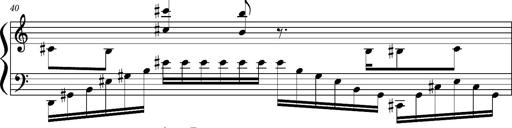
Title: Concerto sans orchestre, S.524a
Composer: Franz Liszt
Key: A major